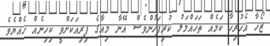
ޒޯހާ އެހުރިހާ ކަމެއް ތަހައްމަލު ކުރިފަހުންވެސް އޭނާ މިއާގެ ފިރިއަކަށްވީ ކިހިނެއް ހެއްޔެވެ